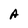
Character: A